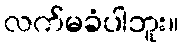
လက်မခံပါဘူး။